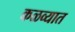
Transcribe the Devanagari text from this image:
कळव्यात